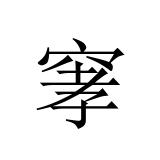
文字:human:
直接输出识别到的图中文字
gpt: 窙